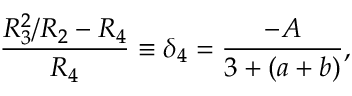
\frac { R _ { 3 } ^ { 2 } / R _ { 2 } - R _ { 4 } } { R _ { 4 } } \equiv \delta _ { 4 } = \frac { - A } { 3 + ( a + b ) } ,